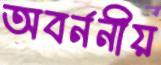
অবর্ননীয়